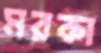
মরকা